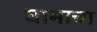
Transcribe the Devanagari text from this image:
घामाचा